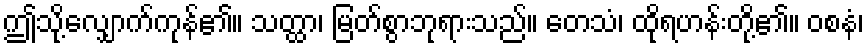
ဤသို့လျှောက်ကုန်၏။ သတ္ထာ၊ မြတ်စွာဘုရားသည်။ တေသံ၊ ထိုရဟန်းတို့၏။ ဝစနံ၊